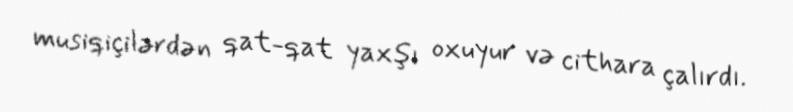
musiqiçilərdən qat-qat yaxşı oxuyur və cithara çalırdı.